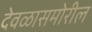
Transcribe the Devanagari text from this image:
देवळासमोरील